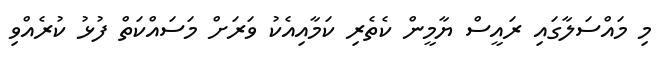
މި މައްސަލާގައި ރައީސް ޔާމީން ކެތެރި ކަމާއިއެކު ވަރަށް މަސައްކަތް ފުޅު ކުރެއްވި